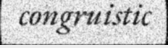
congruistic